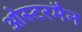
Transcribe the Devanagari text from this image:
ओस्टरमैन